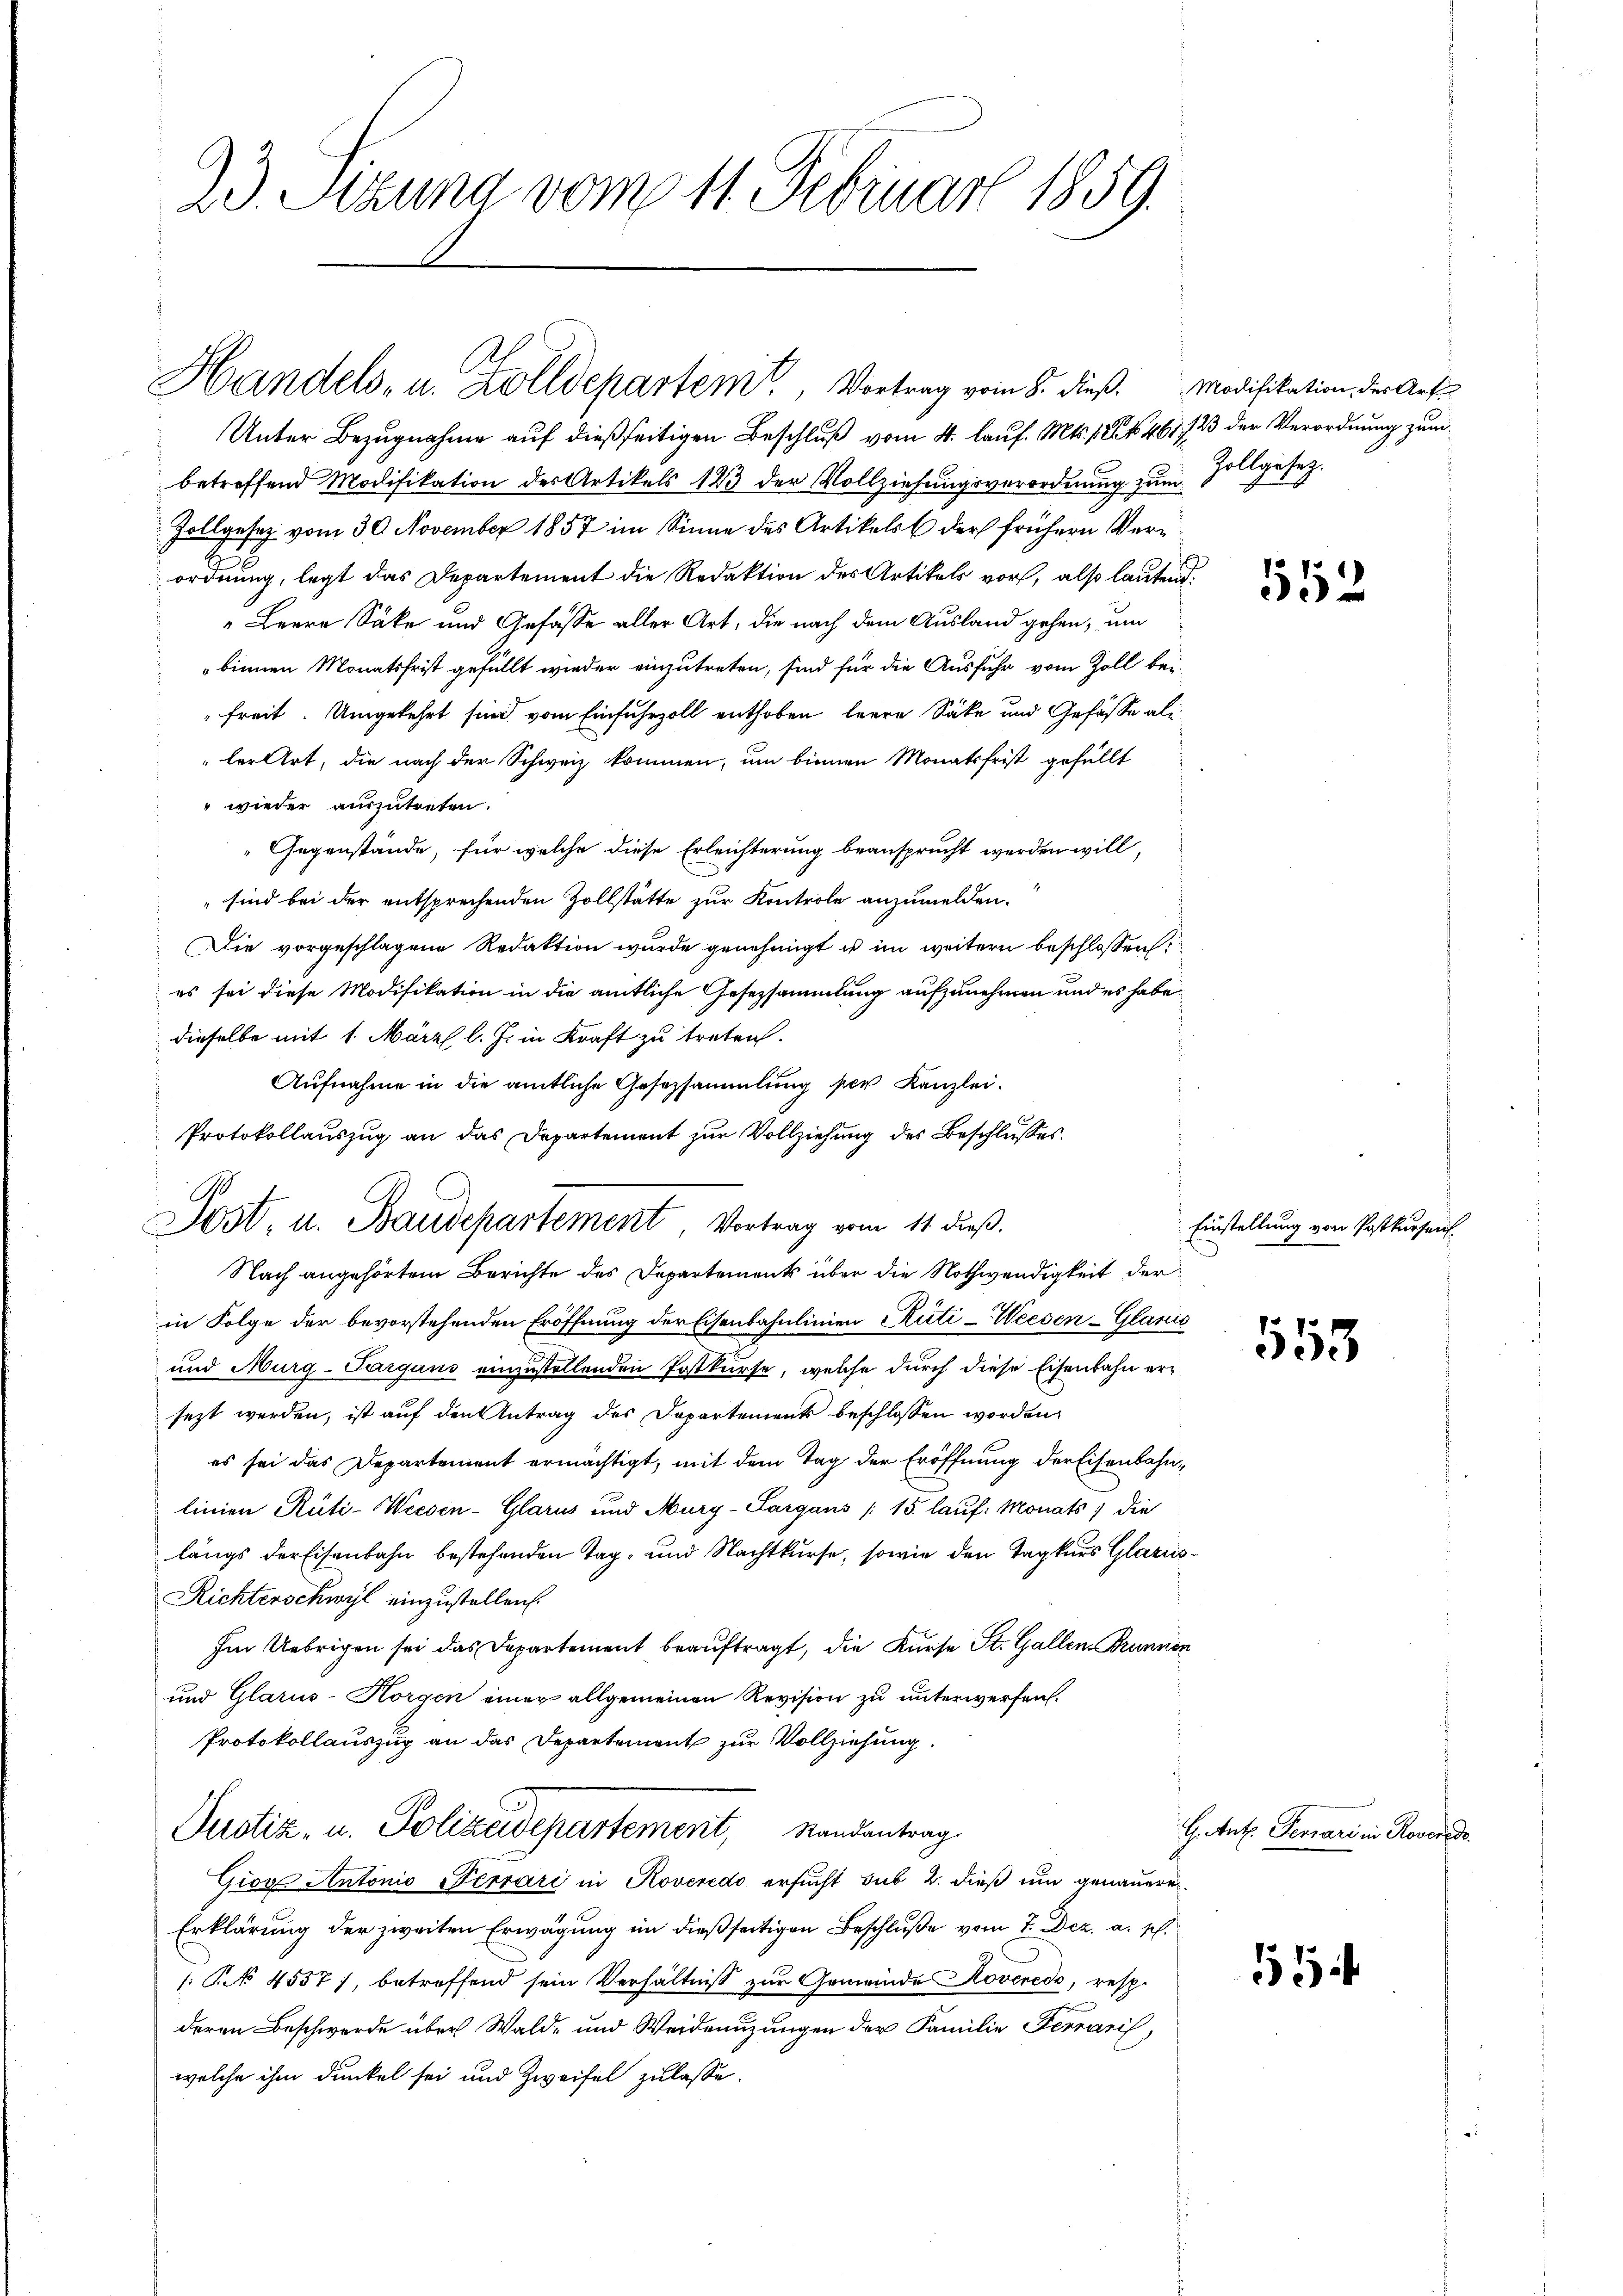
23. Sizung vom 11. Februar 1859.

.
Handels- u. Zolldepartem Vortrag vom 8. dieß. Modifikation der Art.

Unter Bezugnahme auf dießseitigen Beschluß vom 4. lauf. Mts. 12. No. 461 f 23 der Verordnung zum
betreffend Modifikation der Artikels 123 der Vollziehŭngsverordnŭng zŭm Zollgesetz-
Zollgesetz vom 30. November 1857 im Sinne des Artikels der frühern Verordnung, legt das Departement die Redaktion des Artikels vor, also lautend.
" Leere Sacke und Gefasse aller Art, die nach dem Ausland gehen, um
binnen Monatsfrist gefüllt wieder einzutreten, sind für die Ausfuhr vom Zoll bei-
freit. Umgekehrt sind vom Einfuhrzoll enthoben leere Säke und Gefässe als
ler Art, die nach der Schweiz kommen, um binnen Monatsfrist gefällt
" wieder auszutreten.
 Gegenstände, für welche diese Erleichterung beansprucht werden will,
 sind bei der entsprechenden Zollstätte zur Kontrole anzumelden.
Die vorgeschlagene Redaktion wurde genehmigt u im weitern beschlossen:
es sei diese Modifikation in die amtliche Gesetzsammlung aufzunehmen und es habe
dieselbe mit 1. März l. J. in Kraft zu treten.
Aufnahme in die amtliche Gesetzsammlung per Kanzlei.
Protokollauszug an das Departement zur Vollziehung des Beschlusses.
Nach angehörtem Berichte des Departements über die Nothwendigkeit der
in Folge der bevorstehenden Eröffnung der Eisenbahnlinien Kuti-Weesen Glarus
und Murg-Purgans einzustellenden Postkurse, welche durch diese Eisenbahn ersezt werden, ist auf den Antrag des Departements beschlossen worden,
es sei das Departement ermächtigt, mit dem Tag der Eröffnung der Eisenbahnlinien Rüti-Wecsin-Glarus und Murg-Sargans / 15 lauf Monats, die
längs der Eisenbahn bestehenden Tag- und Nachtkurse, sowie den Tagkars Glarus¬
Richterschwyl einzustellen.
Im Uebrigen sei das Departement beauftragt, die Kurse St. Gallen Brunnen
und Glarus- Horgen einer allgemeinen Revision zu unterwerfen.
Protokollauszug an das Departement zur Vollziehung.
Justiz- u. Polizeidepartement, Randantrag
Giors Antonio Terrari in Roveredo ersucht sub 2. dieß um genauere
Erklärung der zweiten Erwägung im dießseitigen Beschluße vom 7. Dez. a. p.
s: Pk 4557), betreffend sein Verhältniß zur Gemeinde Roveredo, resp.
deren Beschwerde über Wald- und Weidenuzungen der Familie Ferraris,
welche ihm dunkel sei und Zweifel zulasse.

Post, u. Baudepartement, Vortrag vom 11. dieß.

552

Einstellung von Postkursen

553

H. Ant. Ferrari in Roverede

11